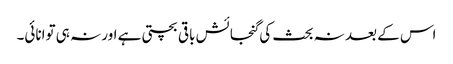
اس کے بعد نہ بحث کی گنجائش باقی بچتی ہے اور نہ ہی توانائی۔